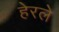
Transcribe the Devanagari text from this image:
हेरलेे